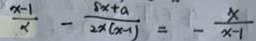
\frac { x - 1 } { x } - \frac { 8 x + a } { 2 x ( x - 1 ) } = - \frac { x } { x - 1 }